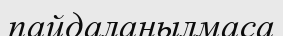
пайдаланылмаса